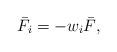
LaTeX: \begin{align*}{\bar F_i} =- {{ w}_i}{\bar F},\end{align*}